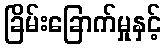
ခြိမ်းခြောက်မှုနှင့်